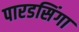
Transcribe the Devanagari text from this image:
पारडसिंगा